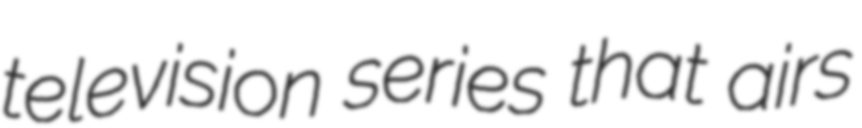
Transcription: television series that airs